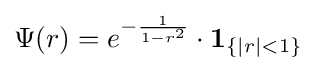
\Psi (r)=e^{-{\frac {1}{1-r^{2}}}}\cdot \mathbf {1} _{\{|r|<1\}}